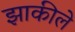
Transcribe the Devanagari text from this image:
झाकीले